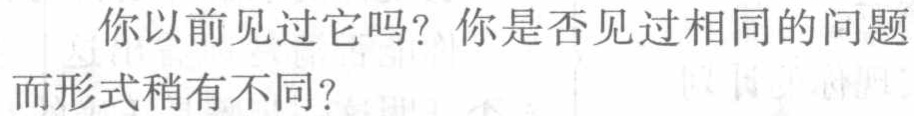
你以前见过它吗？你是否见过相同的问题而形式稍有不同？